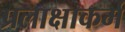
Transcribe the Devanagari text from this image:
प्रलाक्षाकर्म